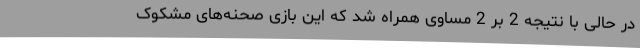
در حالی با نتیجه 2 بر 2 مساوی همراه شد که این بازی صحنه‌های مشکوک